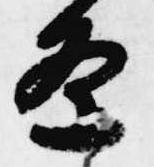
条